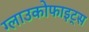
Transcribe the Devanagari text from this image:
ग्लाउकोफाइट्स